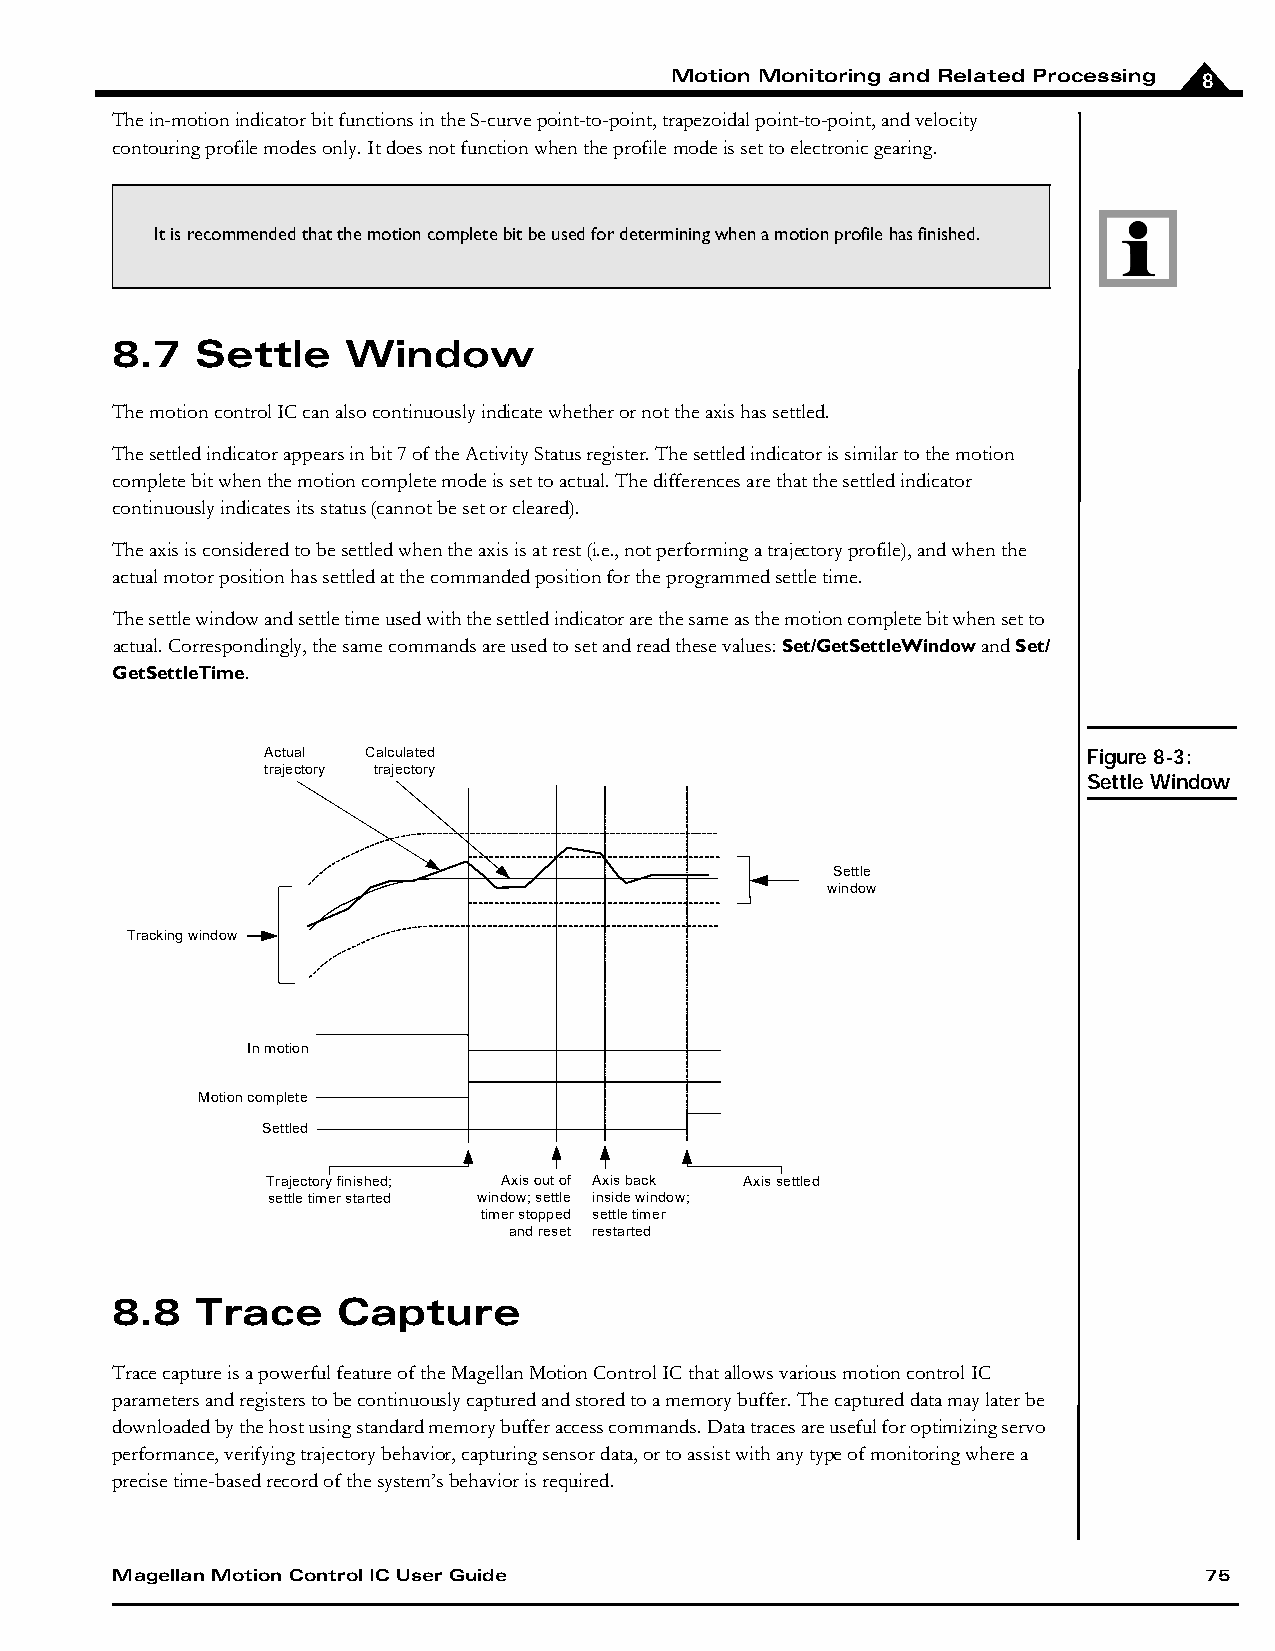
Motion Monitoring and Related Processing 8
 The in-motion indicator bit functions in the S-curve point-to-point, trapezoidal point-to-point, and velocity
 contouring profile modes only. It does not function when the profile mode is set to electronic gearing.
 It is recommended that the motion complete bit be used for determining when a motion profile has finished.
 8.7   Settle    Window
 The motion control IC can also continuously indicate whether or not the axis has settled.
 The settled indicator appears in bit 7 of the Activity Status register. The settled indicator is similar to the motion
 complete bit when the motion complete mode is set to actual. The differences are that the settled indicator
 continuously indicates its status (cannot be set or cleared).
 The axis is considered to be settled when the axis is at rest (i.e., not performing a trajectory profile), and when the
 actual motor position has settled at the commanded position for the programmed settle time.
 The settle window and settle time used with the settled indicator are the same as the motion complete bit when set to
 actual. Correspondingly, the same commands are used to set and read these values: Set/GetSettleWindow and Set/
 GetSettleTime.
 Actual Calculated                                     Figure 8-3:
 trajectory trajectory
 Settle Window
 Settle
 window
 Tracking window
 In motion
 Motion complete
 Settled
 Trajectory finished; Axis out of Axis back Axis settled
 settle timer started window; settle inside window;
 timer stopped settle timer
 and reset restarted
 8.8   Trace    Capture
 Trace capture is a powerful feature of the Magellan Motion Control IC that allows various motion control IC
 parameters and registers to be continuously captured and stored to a memory buffer. The captured data may later be
 downloaded by the host using standard memory buffer access commands. Data traces are useful for optimizing servo
 performance, verifying trajectory behavior, capturing sensor data, or to assist with any type of monitoring where a
 precise time-based record of the system’s behavior is required.
 Magellan Motion Control IC User Guide                                    75